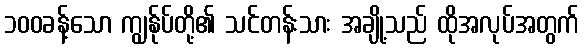
၁၀၀ခန့်သော ကျွန်ုပ်တို့၏ သင်တန်းသား အချို့သည် ထိုအလုပ်အတွက်